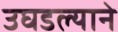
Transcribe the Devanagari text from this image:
उघडल्याने